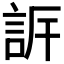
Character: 𧦡